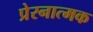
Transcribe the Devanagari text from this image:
प्रेरनात्मक